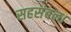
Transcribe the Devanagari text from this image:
सहसंबन्ध